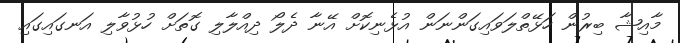
މާއިޝާ ބިރުން ހަޅޭތްލަވައިގަންނަން އުޅެނިކޮށް އޭނާ ދެލޯ ދިއްލާލި ގޮތަށް ހުޅުވާލި އަނގައިގައި